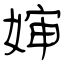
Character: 婶